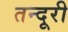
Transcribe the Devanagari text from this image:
तन्दूरी